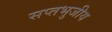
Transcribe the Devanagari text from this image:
सप्तभुजीय